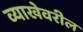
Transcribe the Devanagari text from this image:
व्याखेवरील